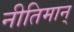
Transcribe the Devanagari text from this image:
नीतिमान्